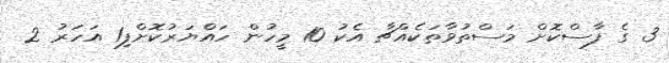
3 ގެ ފާސްކޮށް މަސްތުވާތަކެއްޗާ އެކު 10 މީހުން ހައްޔަރުކޮށްފި1 އަހަރު 2